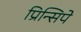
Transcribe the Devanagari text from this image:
प्रिन्सिपे